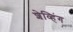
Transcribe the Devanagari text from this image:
शेव्हिंग